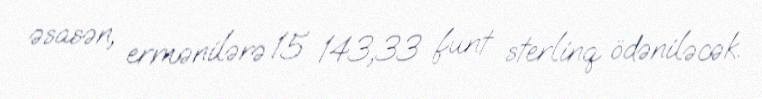
əsasən, ermənilərə 15 143,33 funt sterlinq ödəniləcək.